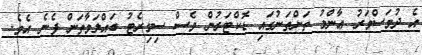
އެ ދުވަސްވަރު ޢާންމު ތަންތަނުގައި ޑޮކްޓަރުން ވެސް ސިގިރެޓު ބައްލަވާތަން ފެނެ އެވެ.